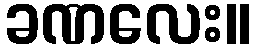
ခဏလေး။